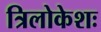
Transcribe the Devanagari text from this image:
त्रिलोकेशः